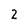
Character: 2